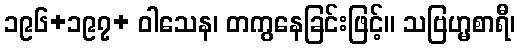
၁၉၆+၁၉၇+ ဝါသေန၊ တကွနေခြင်းဖြင့်။ သဗြဟ္မစာရီ၊